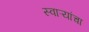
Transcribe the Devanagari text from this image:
स्वाऱ्यांचा